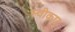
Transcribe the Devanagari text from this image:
स्वीकार्